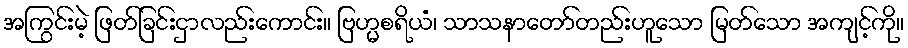
အကြွင်းမဲ့ ဖြတ်ခြင်းငှာလည်းကောင်း။ ဗြဟ္မစရိယံ၊ သာသနာတော်တည်းဟူသော မြတ်သော အကျင့်ကို။